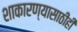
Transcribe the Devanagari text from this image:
शाकारण्यासाठीही